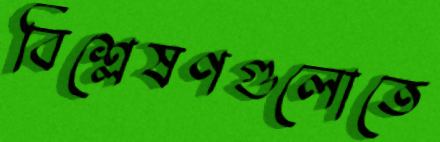
বিশ্লেষণগুলোতে